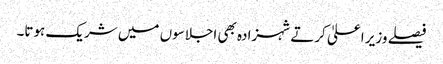
فیصلے وزیر اعلیٰ کرتے شہزادہ بھی اجلاسوں میں شریک ہوتا۔